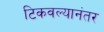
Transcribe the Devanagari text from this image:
टिकवल्यानंतर